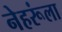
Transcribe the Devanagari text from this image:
नेहरूंला